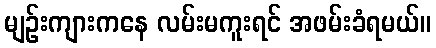
မျဉ်းကျားကနေ လမ်းမကူးရင် အဖမ်းခံရမယ်။